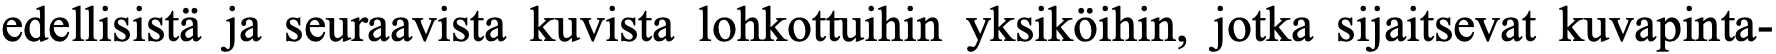
edellisistä ja seuraavista kuvista lohkottuihin yksiköihin, jotka sijaitsevat kuvapinta-